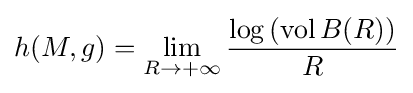
h(M,g)=\lim _{R\to +\infty }{\frac {\log \left(\operatorname {vol} B(R)\right)}{R}}